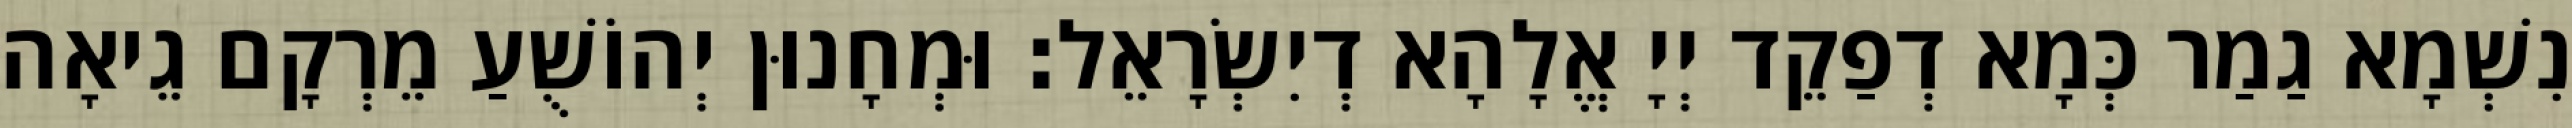
נִשְׁמָא גַמַר כְּמָא דְפַקֵד יְיָ אֱלָהָא דְיִשְׂרָאֵל׃ וּמְחָנוּן יְהוֹשֻׁעַ מֵרְקָם גֵיאָה